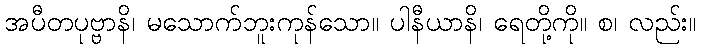
အပီတပုဗ္ဗာနိ၊ မသောက်ဘူးကုန်သော။ ပါနီယာနိ၊ ရေတို့ကို။ စ၊ လည်း။